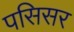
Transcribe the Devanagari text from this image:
पसिसर